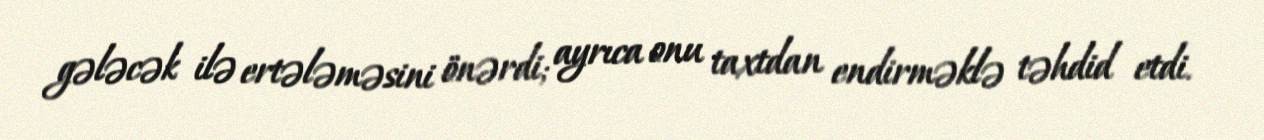
gələcək ilə ertələməsini önərdi; ayrıca onu taxtdan endirməklə təhdid etdi.